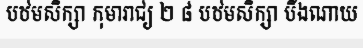
បឋមសិក្សា កុមារាជ្យ ២ ៨ បឋមសិក្សា បឹងណាយ